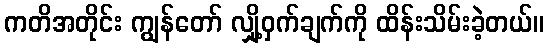
ကတိအတိုင်း ကျွန်တော် လျှို့ဝှက်ချက်ကို ထိန်းသိမ်းခဲ့တယ်။